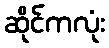
ဆိုင်ကလုံး